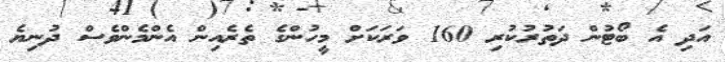
އަދި އެ ބޯޓުން ދަތުރުކުރި 160 ވަރަކަށް މީހުންގެ ތެރެއިން އެންމެންވެސް ދުނިޔެ